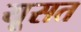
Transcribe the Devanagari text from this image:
यूसत